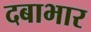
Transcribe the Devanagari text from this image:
दबाभार